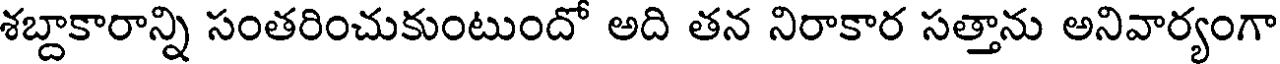
శబ్దాకారాన్ని సంతరించుకుంటుందో అది తన నిరాకార సత్తాను అనివార్యంగా